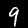
Label: 9